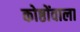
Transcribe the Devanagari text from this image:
कोष्ठोंवाला